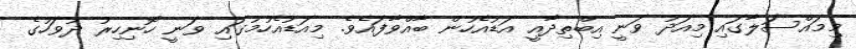
މިމައްސަލާގައި މިއަދު ވަނީ އިބްތިދާއީ އަޑުއެހުން ބާއްވާފައެވެ. މިއަޑުއެހުމުގައި ވަނީ ހޮނިހިރު ދުވަހުގެ